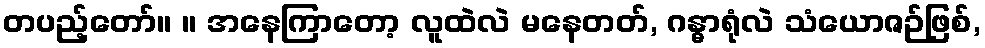
တပည့်တော်။ ။ အနေကြာတော့ လူထဲလဲ မနေတတ်, ဂန္ဓာရုံလဲ သံယောဇဉ်ဖြစ်,